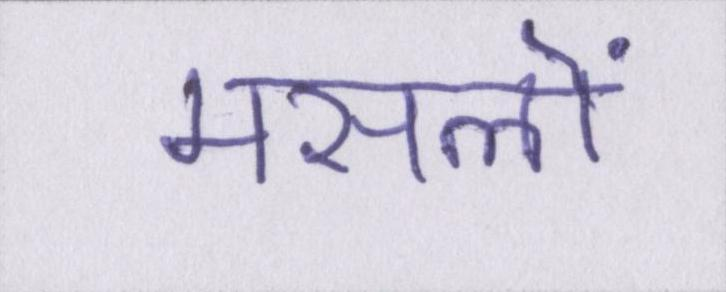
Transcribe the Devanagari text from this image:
मसलों